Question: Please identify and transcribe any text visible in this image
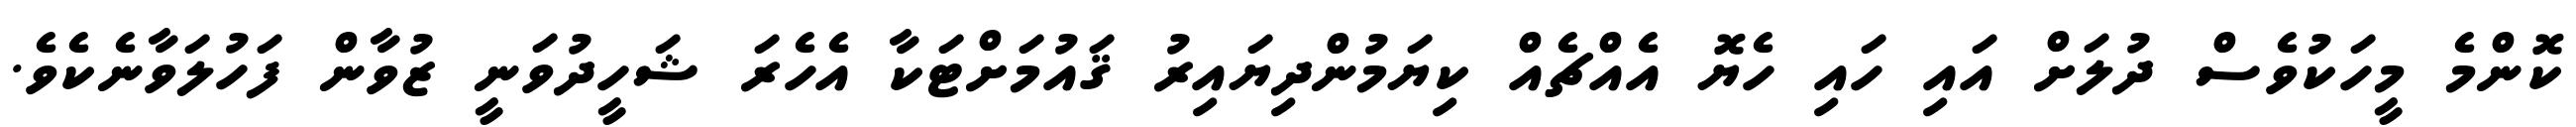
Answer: ކޮންމެ މީހަކުވެސް ދުލަށް އައި ހައި ހެޔޮ އެއްޗެއް ކިޔަމުންދިޔައިރު ޤައުމަށްޓަކާ އެހެރަ ޝަހީދުވަނީ ޒުވާން ފަހުލަވާނެކެވެ.